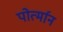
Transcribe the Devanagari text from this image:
पोर्त्मान